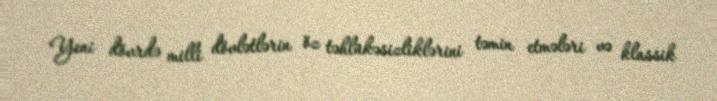
Yeni dövrdə milli dövlətlərin öz təhlükəsizliklərini təmin etmələri və klassik